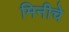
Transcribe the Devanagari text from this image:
मिनीचे